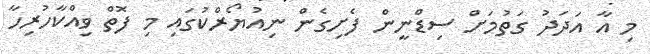
މި އާ އަދަދު ގަތުމަށް ސިޑްނީން ފެށިގެން ނިއުޔޯރްކުގައި މި ފޮތް ވިއްކާހުރިހާ